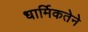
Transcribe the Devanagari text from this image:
धार्मिकतेने